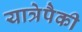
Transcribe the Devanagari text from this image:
यात्रेपैकी